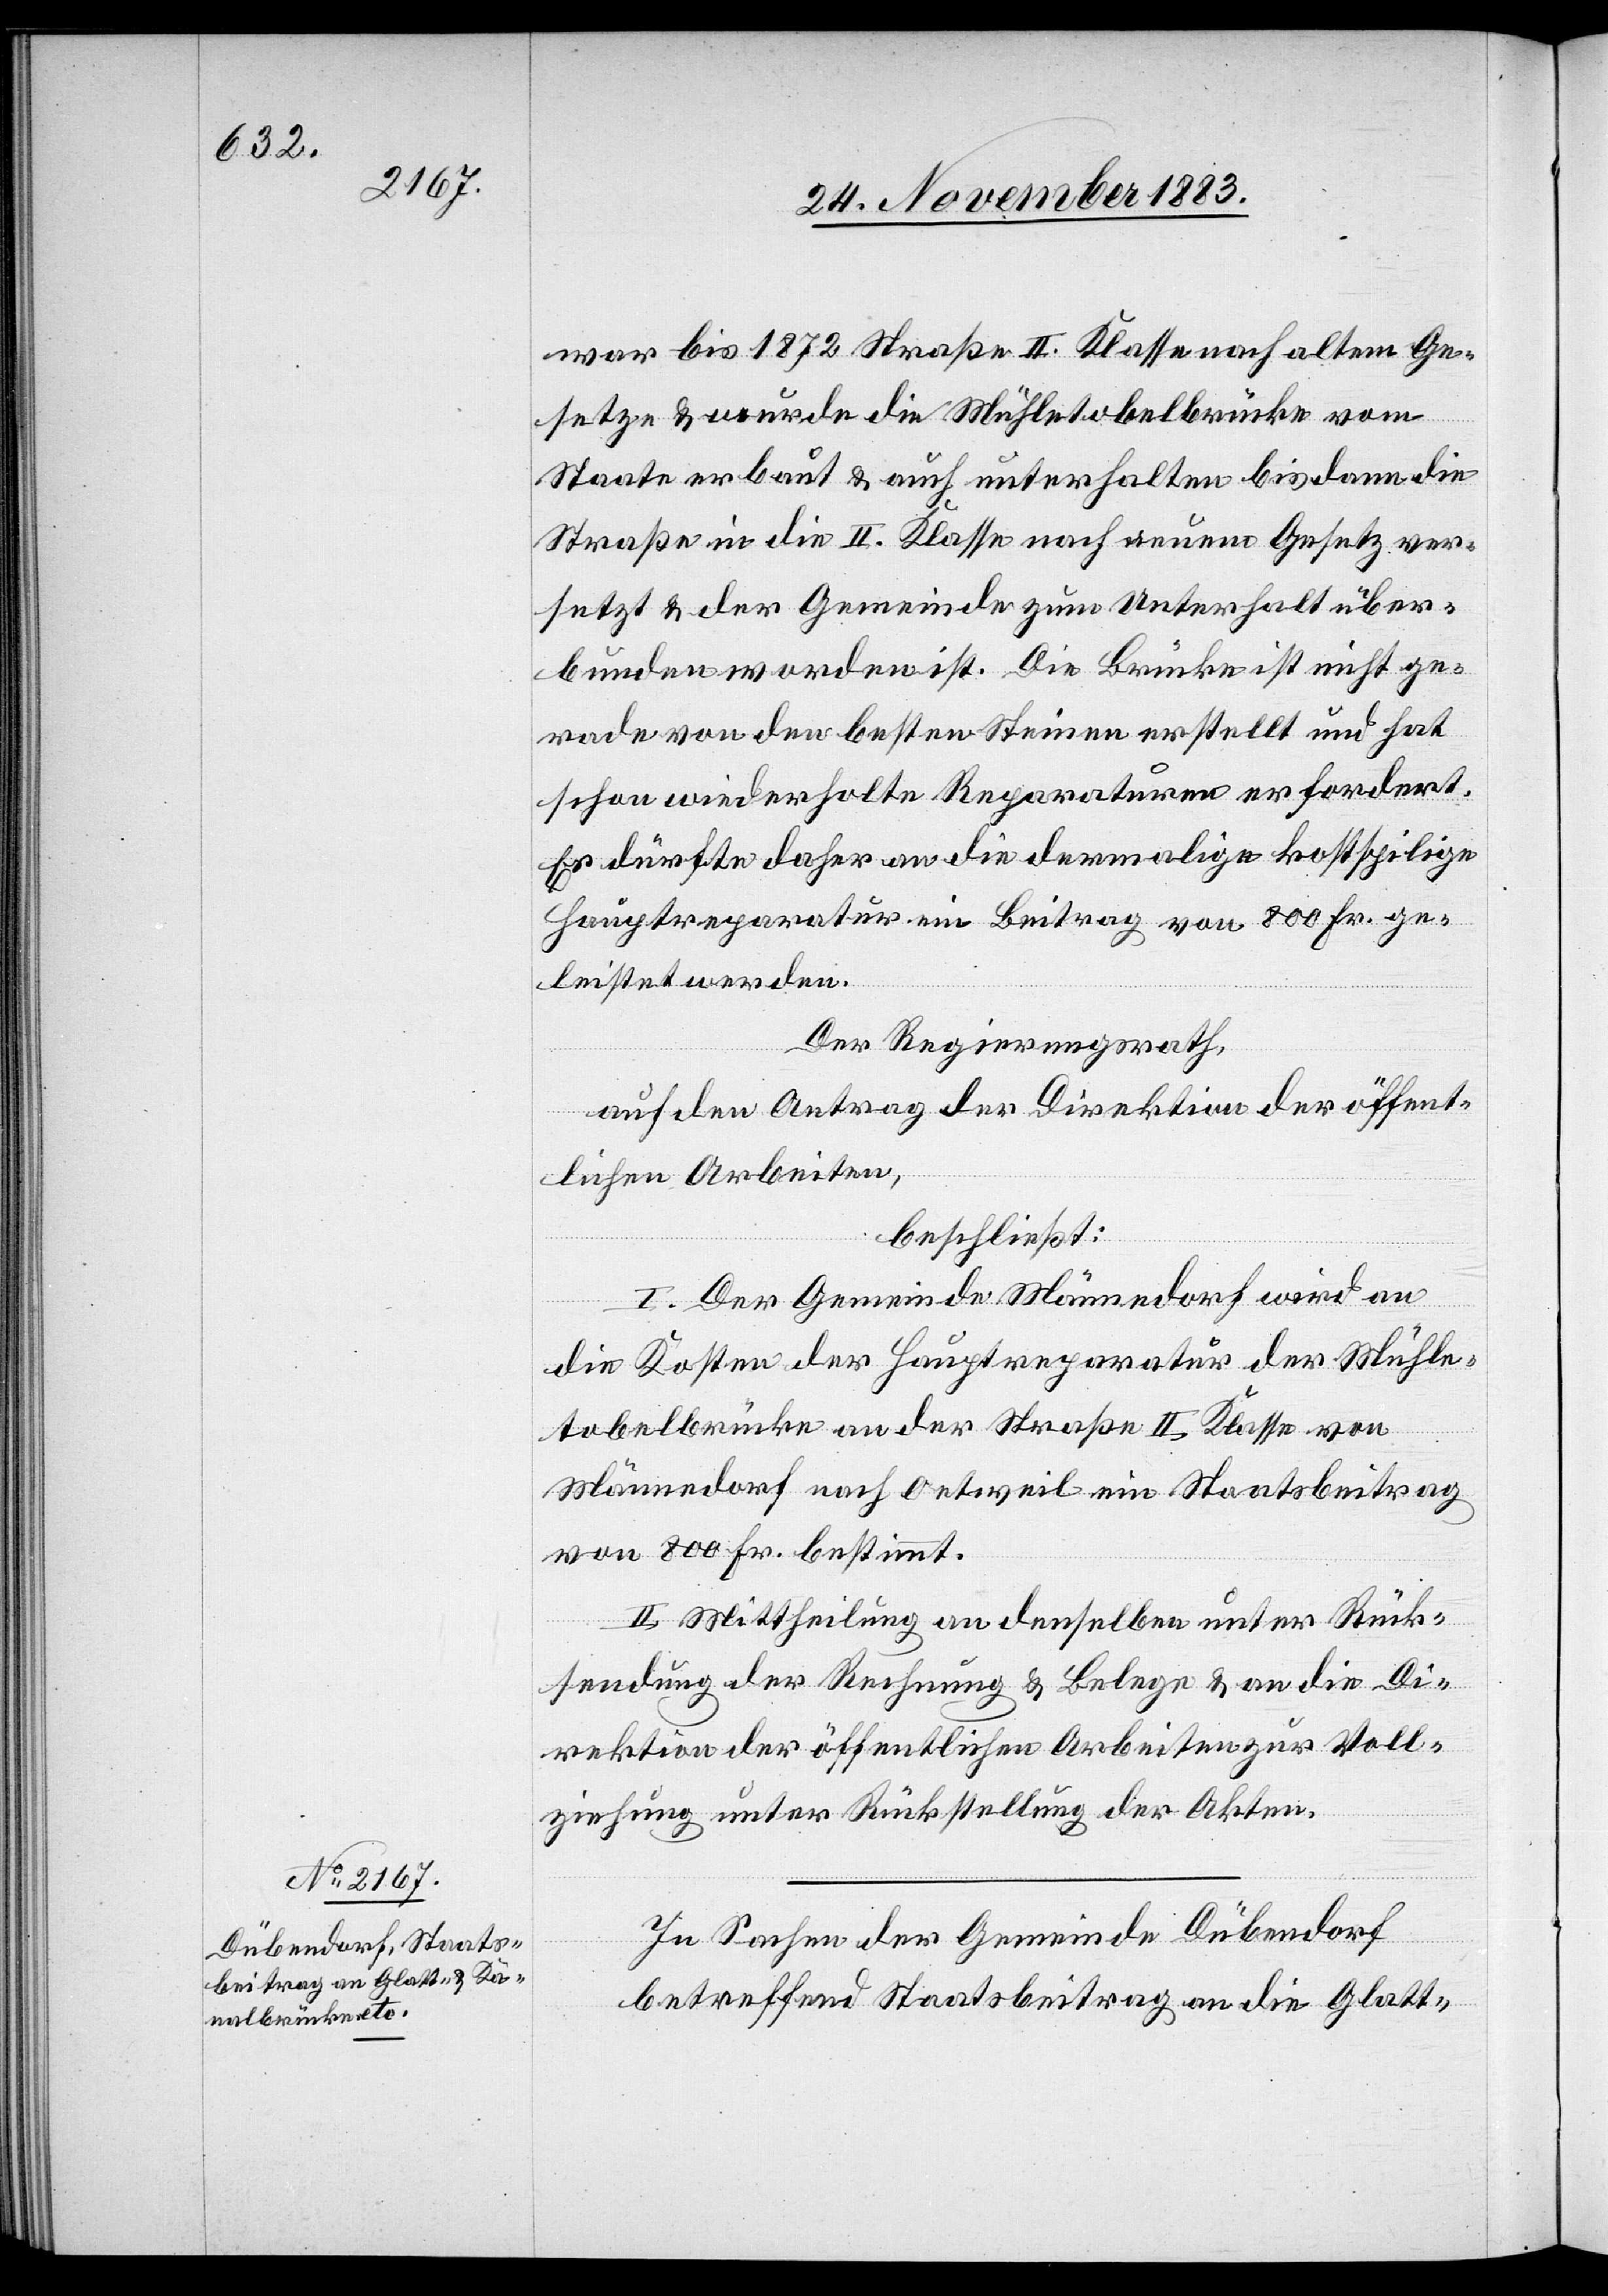
war bis 1972 Straße II. Klasse nach altem Ge¬
setze & wurde die Mühletobelbrücke vom
Staate erbaut & auch unterhalten bis dann die
Straße in die II. Klasse nach neuem Gesetz ver¬
setzt & der Gemeinde zur Unterhalt über¬
bunden worden ist. Die Brücke ist nicht ge¬
rade von den besten Steinen erstellt und hat
schon wiederholte Reparaturen erfordert.
Es dürfte daher an die damalige kostspielige
Hauptreparatur ein Beitrag von 800 Fr. ge¬
leistet werden.
Der Regierungsrath,
auf den Antrag der Direktion der öffent¬
lichen Arbeiten,
beschließt:
I. Der Gemeinde Männedorf wird an
die Kosten der Hauptreparatur der Mühle¬
tobelbrücke an der Straße II. Klasse von
Männedorf nach Oetweil ein Staatsbeitrag
von 800 Fr. bestimmt.
II. Mittheilung an denselben unter Rück¬
sendung der Rechnung & Belege & an die Di¬
rektion der öffentlichen Arbeiten zur Voll¬
ziehung unter Rückstellung der Akten.
In Sachen der Gemeinde Dübendorf
betreffend Staatsbeitrag an die Glatt-